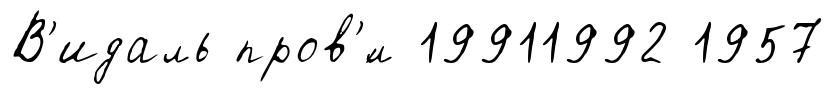
В'идаль пров'́л 19911992 1957